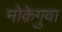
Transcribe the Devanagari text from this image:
मोक़ेगुवा